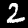
Label: 2